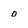
Character: o